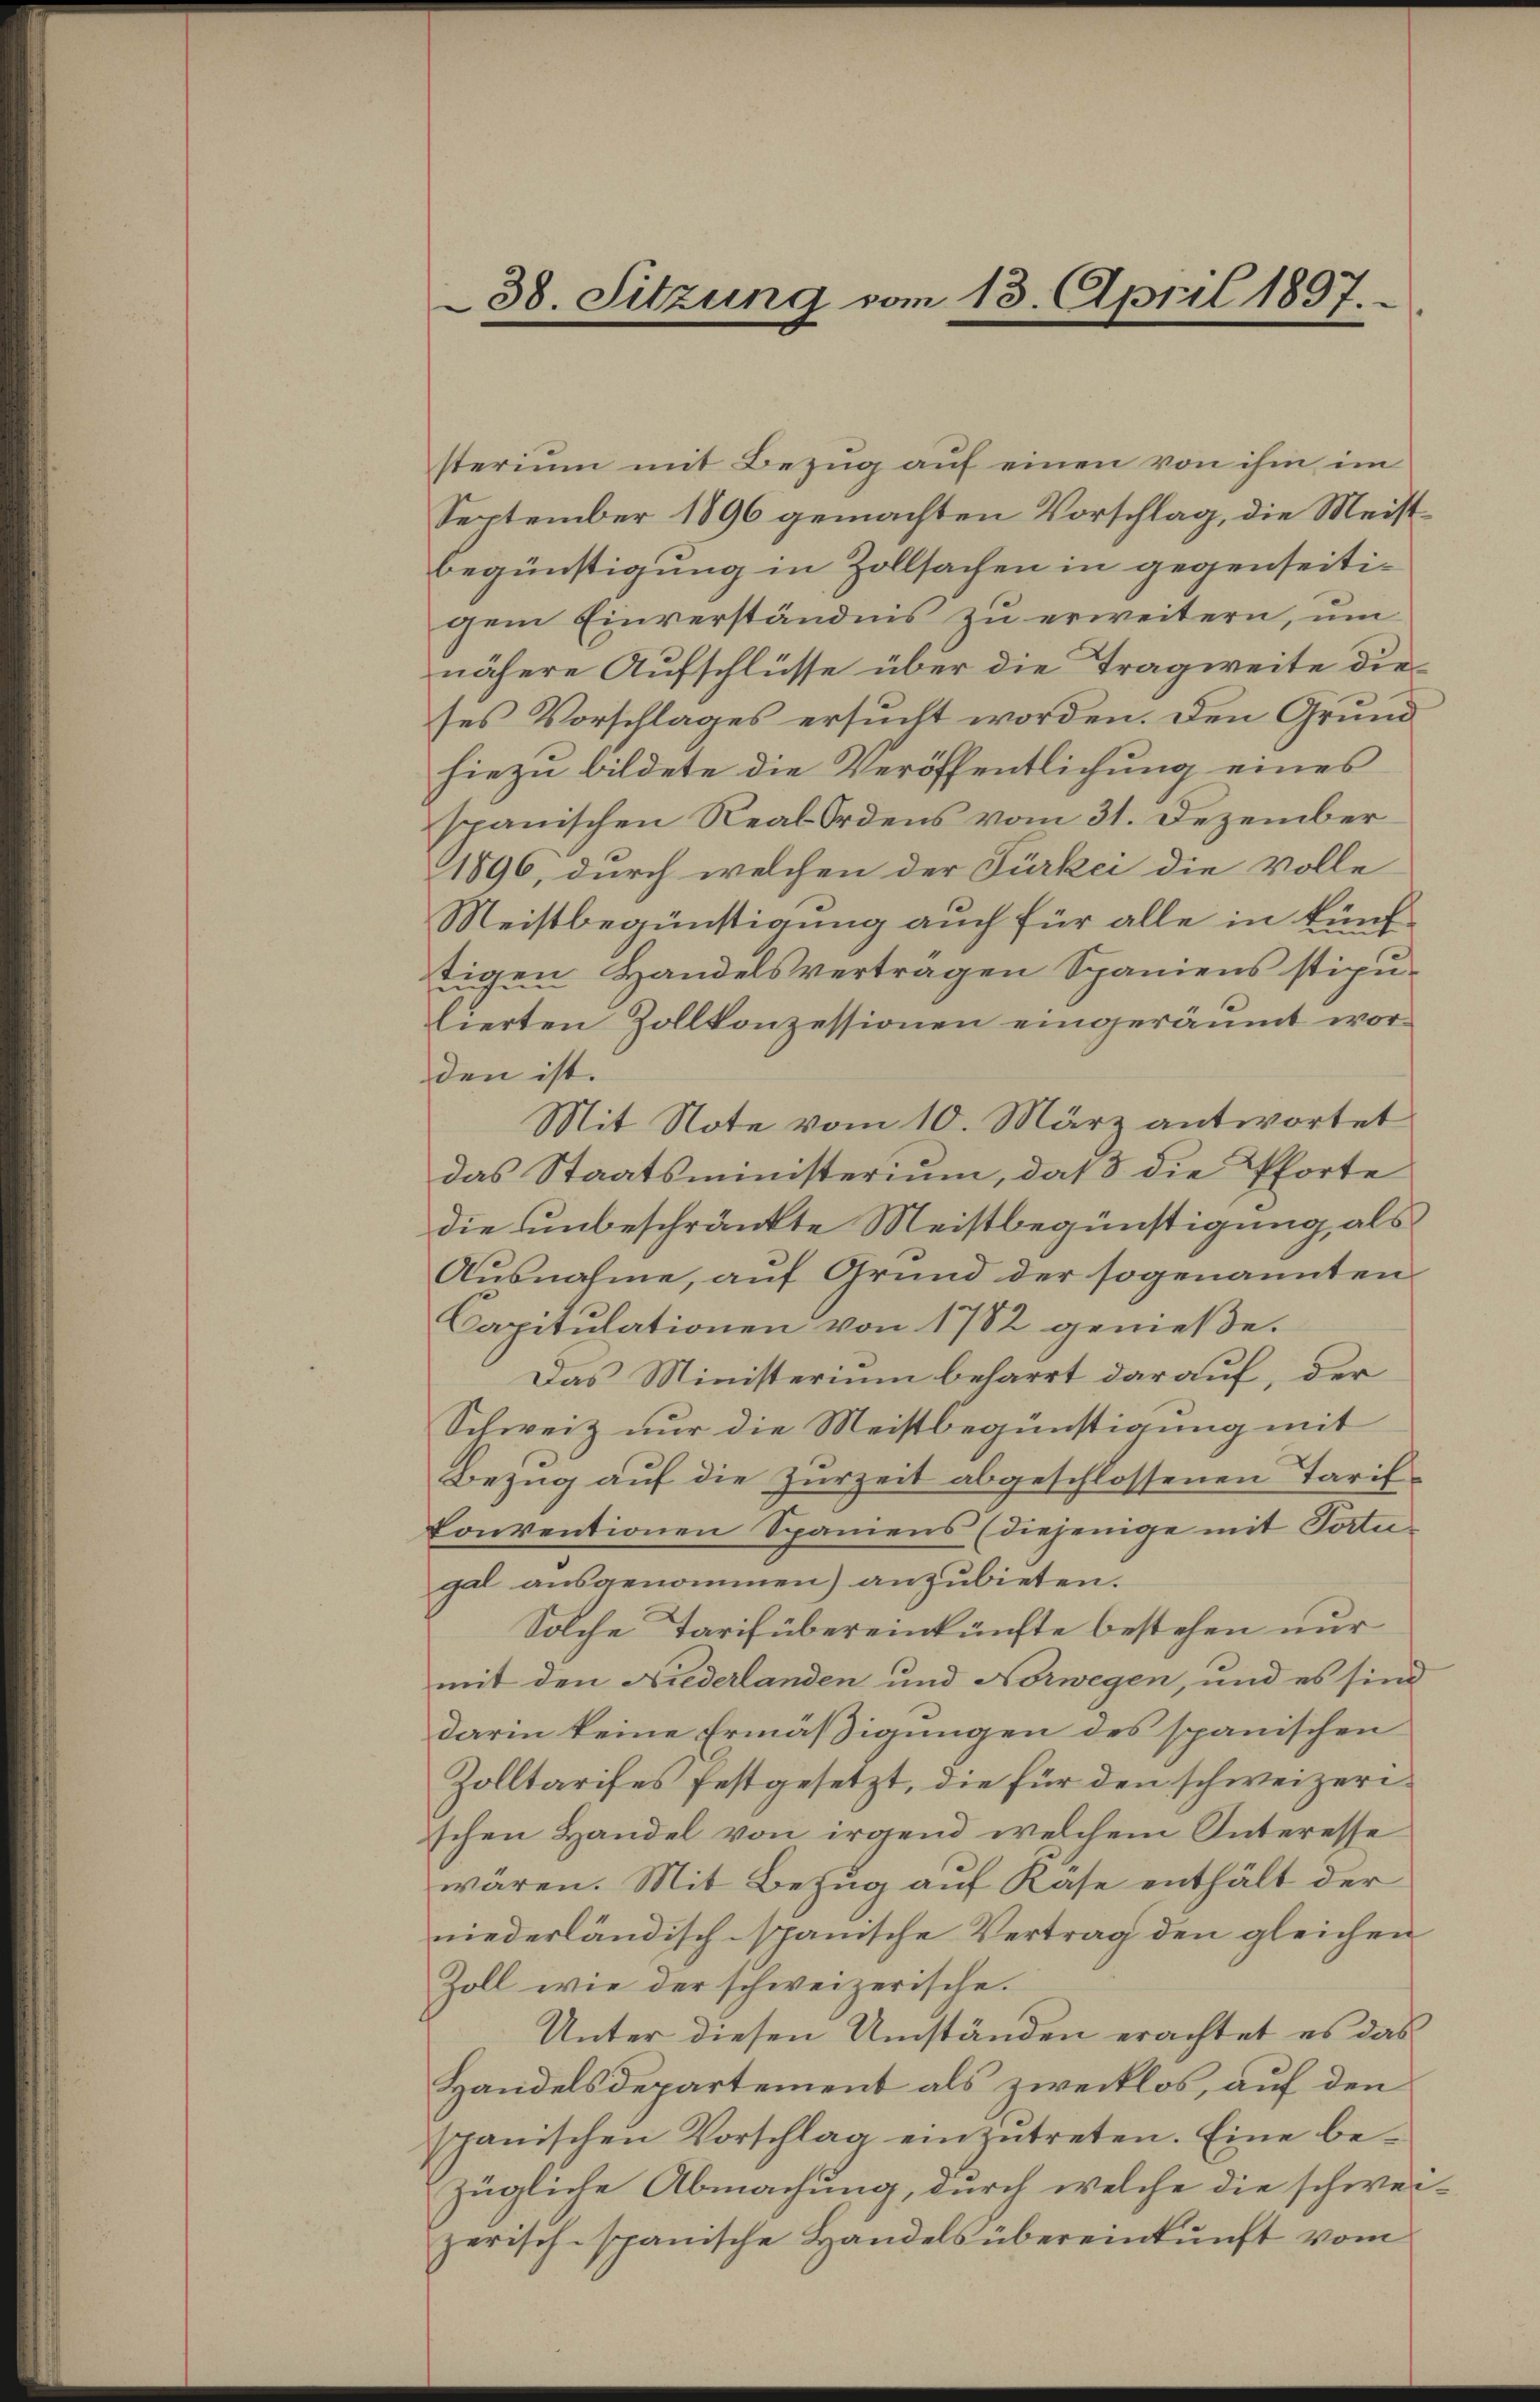
38. Sitzung vom 13. April 1897.

sterium mit Bezug auf einen von ihm im
September 1896 gemachten Vorschlag, die Meist¬
Begünstigung in Zollsachen in gegenseitigem Einverständnis zu erweitern, um
nähere Aufschlüsse über die Tragweite die
ses Vorschlages ersucht worden. Den Grund
hiezu bildete die Veröffentlichung eines
spanischen Real-Ordens vom 31. Dezember
1896, durch welchen der Türkei die volle
Meistbegünstigung auch für alle in künftigen Handelsverträgen Spaniens stipulierten Zollkonzessionen eingeräumt worden ist.
Mit Note vom 10. März antwortet
das Staatsministerium, daß 3 die Pforte
die unbeschränkte Meistbegünstigung, als
Ausnahme, auf Grund der sogenannten
Capitulationen von 1782 genieße.
Das Ministerium beharrt darauf, der
Schweiz nur die Meistbegünstigung mit
Bezug auf die Zurzeit abgeschlossenen Tarifkonventionen Spaniens (diejenige mit Portu
gal ausgenommen) anzubieten.
Solche Tarifübereinkünfte bestehen nur
mit den Niederlanden und Norwegen, und es sind
darin keine Ermäßigungen des spanischen
Zolltarifes festgesetzt, die für den schweizerischen Handel von irgend welchem Interesse
wären. Mit Bezug auf Rase enthält der
niederländisch-spanische Vertrag den gleichen
Zoll wie der schweizerische.
Unter diesen Umständen erachtet es das
Handelsdepartement als zwecklos, auf den
spanischen Vorschlag einzŭtreten. Eine be-
zügliche Abmachung, durch welche die schweizerisch-spanische Handels übereinkunft vom